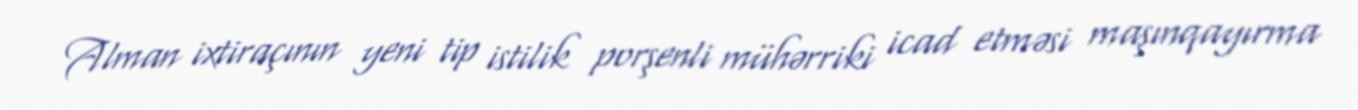
Alman ixtiraçının yeni tip istilik porşenli mühərriki icad etməsi maşınqayırma